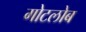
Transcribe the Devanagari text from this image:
गोटलोब